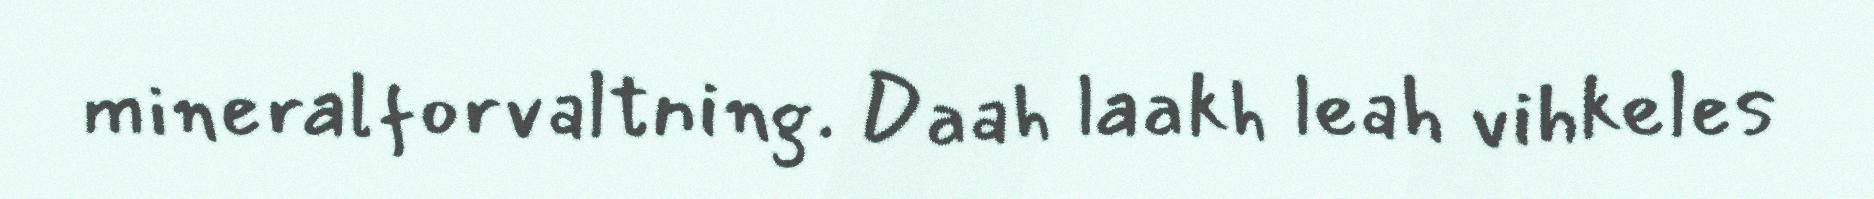
mineralforvaltning. Daah laakh leah vihkeles